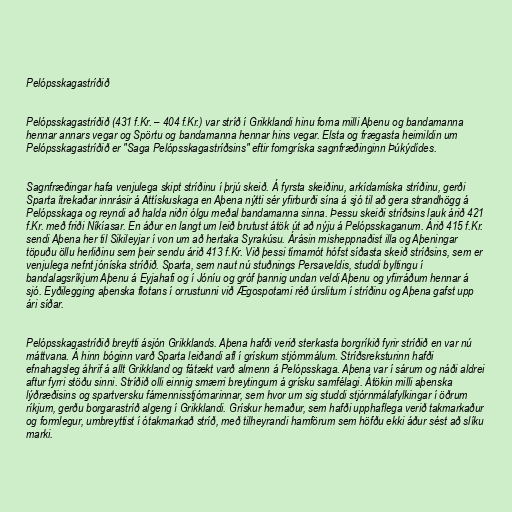
Pelópsskagastríðið

Pelópsskagastríðið (431 f.Kr. – 404 f.Kr.) var stríð í Grikklandi hinu forna milli Aþenu og bandamanna
hennar annars vegar og Spörtu og bandamanna hennar hins vegar. Elsta og frægasta heimildin um
Pelópsskagastríðið er "Saga Pelópsskagastríðsins" eftir forngríska sagnfræðinginn Þúkýdídes.

Sagnfræðingar hafa venjulega skipt stríðinu í þrjú skeið. Á fyrsta skeiðinu, arkídamíska stríðinu, gerði
Sparta ítrekaðar innrásir á Attískuskaga en Aþena nýtti sér yfirburði sína á sjó til að gera strandhögg á
Pelópsskaga og reyndi að halda niðri ólgu meðal bandamanna sinna. Þessu skeiði stríðsins lauk árið 421
f.Kr. með friði Níkíasar. En áður en langt um leið brutust átök út að nýju á Pelópsskaganum. Árið 415 f.Kr.
sendi Aþena her til Sikileyjar í von um að hertaka Syrakúsu. Árásin misheppnaðist illa og Aþeningar
töpuðu öllu herliðinu sem þeir sendu árið 413 f.Kr. Við þessi tímamót hófst síðasta skeið stríðsins, sem er
venjulega nefnt jóníska stríðið. Sparta, sem naut nú stuðnings Persaveldis, studdi byltingu í
bandalagsríkjum Aþenu á Eyjahafi og í Jóníu og gróf þannig undan veldi Aþenu og yfirráðum hennar á
sjó. Eyðilegging aþenska flotans í orrustunni við Ægospotami réð úrslitum í stríðinu og Aþena gafst upp
ári síðar.

Pelópsskagastríðið breytti ásjón Grikklands. Aþena hafði verið sterkasta borgríkið fyrir stríðið en var nú
máttvana. Á hinn bóginn varð Sparta leiðandi afl í grískum stjórnmálum. Stríðsreksturinn hafði
efnahagsleg áhrif á allt Grikkland og fátækt varð almenn á Pelópsskaga. Aþena var í sárum og náði aldrei
aftur fyrri stöðu sinni. Stríðið olli einnig smærri breytingum á grísku samfélagi. Átökin milli aþenska
lýðræðisins og spartversku fámennisstjórnarinnar, sem hvor um sig studdi stjórnmálafylkingar í öðrum
ríkjum, gerðu borgarastríð algeng í Grikklandi. Grískur hernaður, sem hafði upphaflega verið takmarkaður
og formlegur, umbreyttist í ótakmarkað stríð, með tilheyrandi hamförum sem höfðu ekki áður sést að slíku
marki.